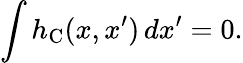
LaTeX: \int h_{\mathrm{C}}(x,x^{\prime})\, dx^{\prime}=0.